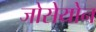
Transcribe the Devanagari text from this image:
जोसेयोन